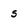
Character: s